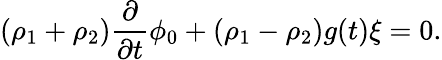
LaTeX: (\rho_{1}+\rho_{2})\frac{\partial}{\partial t}\phi_{0}+(\rho_{1}-\rho_{2})g(t)\xi=0.